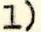
1)